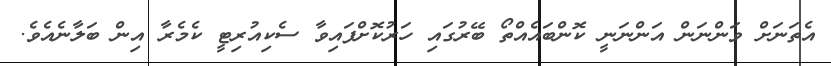
އެތަނަށް ވަންނަން އަންނަނީ ކޮންބައެއްތޯ ބޭރުގައި ހަރުކޮށްފައިވާ ސެކިއުރިޓީ ކެމެރާ އިން ބަލާނެއެވެ.